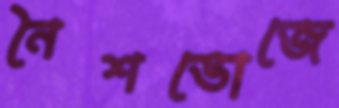
নৈশভোজে